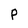
Character: p